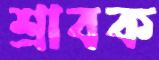
শ্রাবক